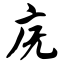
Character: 庑